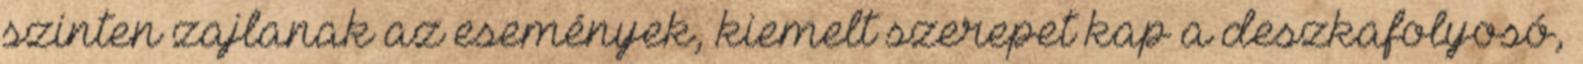
szinten zajlanak az események, kiemelt szerepet kap a deszkafolyosó,